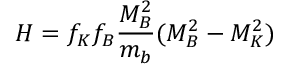
H = f _ { K } f _ { B } { \frac { M _ { B } ^ { 2 } } { m _ { b } } } ( M _ { B } ^ { 2 } - M _ { K } ^ { 2 } )